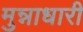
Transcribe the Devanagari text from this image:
मुन्नाधारी